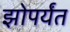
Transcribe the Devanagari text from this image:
झोपर्यंत